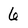
Character: 6